Scientific memoirs by medical officers of the Army of India - Part XI,
Year: 1898
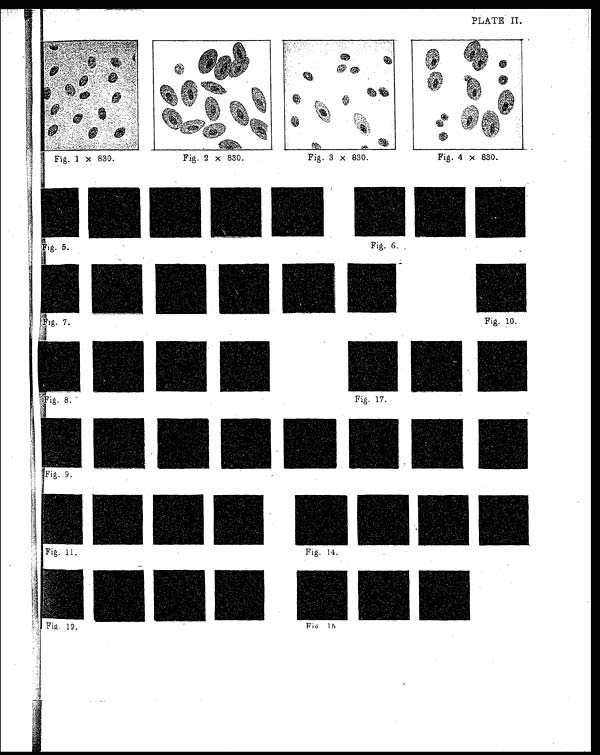
Fig. 6.
Fig. 10.
7.
Fi g. 8.
Fig. 17.
Fig. 11.
Fig. 14.
Fig. 12.
Rig.
15
PLATE II.
Fig. 1 x 830.
Fig. 2 x 830.
Fig. 3 x 830.
Fig. 4 x 830.
Fig. 9.